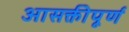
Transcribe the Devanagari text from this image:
आसक्तीपूर्ण